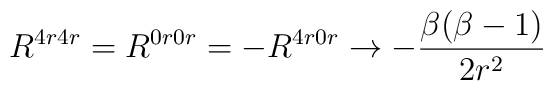
R^{4r4r} =  R^{0r0r} = - R^{4r0r} \rightarrow - \frac{\beta(\beta-1)}{2 r^2}